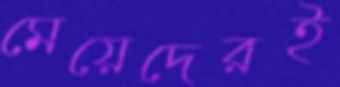
মেয়েদেরই